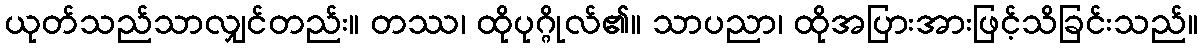
ယုတ်သည်သာလျှင်တည်း။ တဿ၊ ထိုပုဂ္ဂိုလ်၏။ သာပညာ၊ ထိုအပြားအားဖြင့်သိခြင်းသည်။